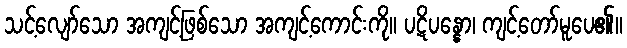
သင့်လျော်သော အကျင့်ဖြစ်သော အကျင့်ကောင်းကို။ ပဋိပန္နော၊ ကျင့်တော်မူပေ၏။